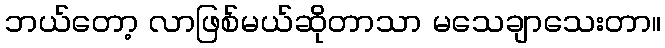
ဘယ်တော့ လာဖြစ်မယ်ဆိုတာသာ မသေချာသေးတာ။